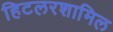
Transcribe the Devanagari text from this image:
हिटलरशामिल